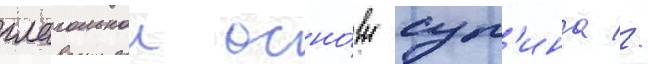
глагольнои осно́вы суп'ина //